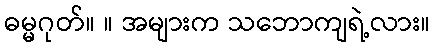
ဓမ္မဂုတ်။ ။ အများက သဘောကျရဲ့လား။